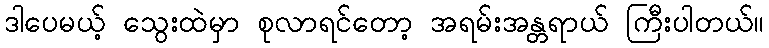
ဒါပေမယ့် သွေးထဲမှာ စုလာရင်တော့ အရမ်းအန္တရာယ် ကြီးပါတယ်။